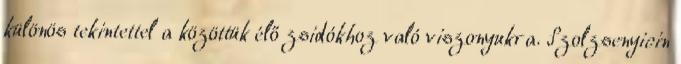
különös tekintettel a közöttük élő zsidókhoz való viszonyukra. Szolzsenyicin